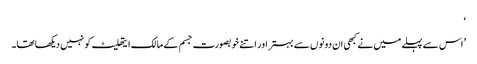
‘
’اس سے پہلے میں نے کبھی ان دونوں سے بہتر اور اتنے خوبصورت جسم کے مالک ایتھلیٹ کو نہیں دیکھا تھا۔